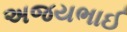
અજયભાઈ